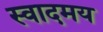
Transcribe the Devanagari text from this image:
स्वादमय